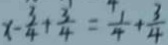
x - \frac { 3 } { 4 } + \frac { 3 } { 4 } = \frac { 1 } { 4 } + \frac { 3 } { 4 }